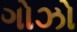
ગોઝો